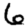
Digit: 6